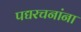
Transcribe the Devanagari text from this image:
पद्यरचनांना